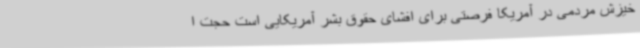
خیزش مردمی در آمریکا فرصتی برای افشای حقوق بشر آمریکایی است حجت ا